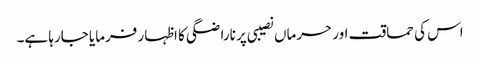
اس کی حماقت اور حرماں نصیبی پر ناراضگی کا اظہار فرمایا جارہا ہے۔